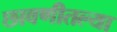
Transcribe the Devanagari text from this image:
छावणीतल्या